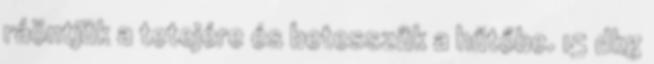
ráöntjük a tetejére és betesszük a hűtőbe. 15 dkg